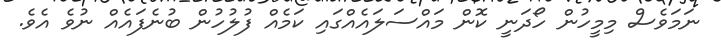
ނަމަވެސް މިމީހުން ހޯދަނީ ކޮން މައްސަލައެއްގައި ކަމެއް ފުލުހުން ބުނެފައެއް ނުވެ އެވެ.